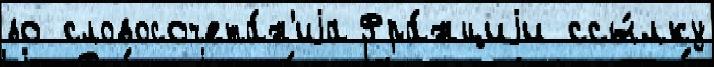
во словосочета́н'иjа Фра́нциjи ссы́лку